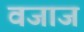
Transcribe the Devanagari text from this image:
वजाज